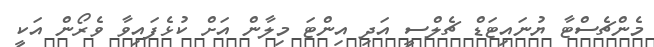
މެންޗެސްޓާ ޔުނައިޓަޑް ޗެލްސީ އަދި އިންޓަ މިލާން އަށް ކުޅެފައިވާ ވެރޯން އަކީ